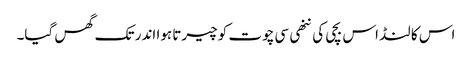
اس کا لنڈ اس بچی کی ننھی سی چوت کو چیرتا ہوا اندر تک گھس گیا۔